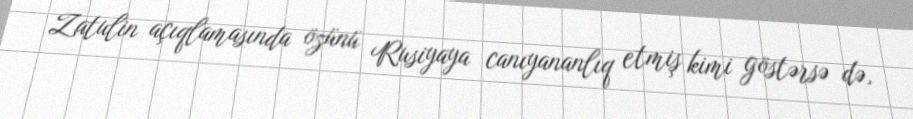
Zatulin açıqlamasında özünü Rusiyaya canıyananlıq etmiş kimi göstərsə də,